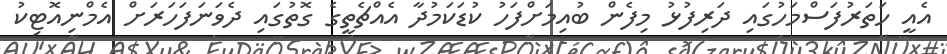
އެއީ ހަތަރުފަސްމަހުގައި ދަރިފުޅު މިފެން ބުއިމަށްފަހު ކުޑަކަމުދާ އެއްޗެތީގެ ގޮތުގައި ދެވަނަފަހަރަށް އެމްނިއޮޓިކު